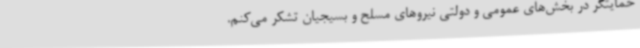
حمایتگر در بخش‌های عمومی و دولتی نیروهای مسلح و بسیجیان تشکر می‌کنم.